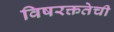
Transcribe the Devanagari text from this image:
विषरक्ततेची